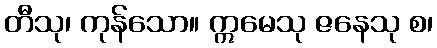
တီသု၊ ကုန်သော။ ဣမေသု ဇနေသု စ၊